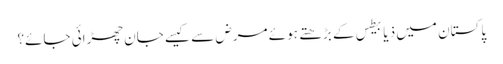
﻿ پاکستان میں ذیابیطس کے بڑھتے ہوئے مرض سے کیسے جان چھڑائی جائے؟